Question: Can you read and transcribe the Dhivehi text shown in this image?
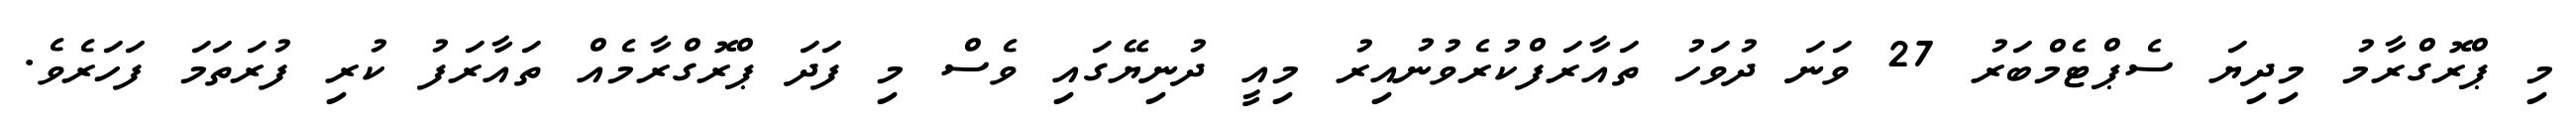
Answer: މި ޕްރޮގްރާމު މިދިޔަ ސެޕްޓެމްބަރު 27 ވަނަ ދުވަހު ތައާރަފްކުރެވުނުއިރު މިއީ ދުނިޔޭގައި ވެސް މި ފަދަ ޕްރޮގްރާމެއް ތައާރަފު ކުރި ފުރަތަމަ ފަހަރެވެ.